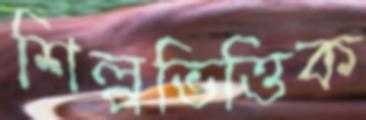
শিল্পভিত্তিক